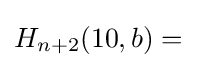
H_{n+2}(10,b)={}